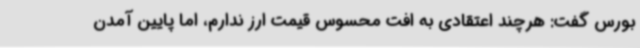
بورس گفت: هرچند اعتقادی به افت محسوس قیمت ارز ندارم، اما پایین ‌آمدن